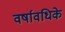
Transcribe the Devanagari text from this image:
वर्षावधिके